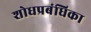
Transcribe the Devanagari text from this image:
शोधप्रबंधिका